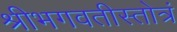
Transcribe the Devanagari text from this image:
श्रीभगवतीस्तोत्रं